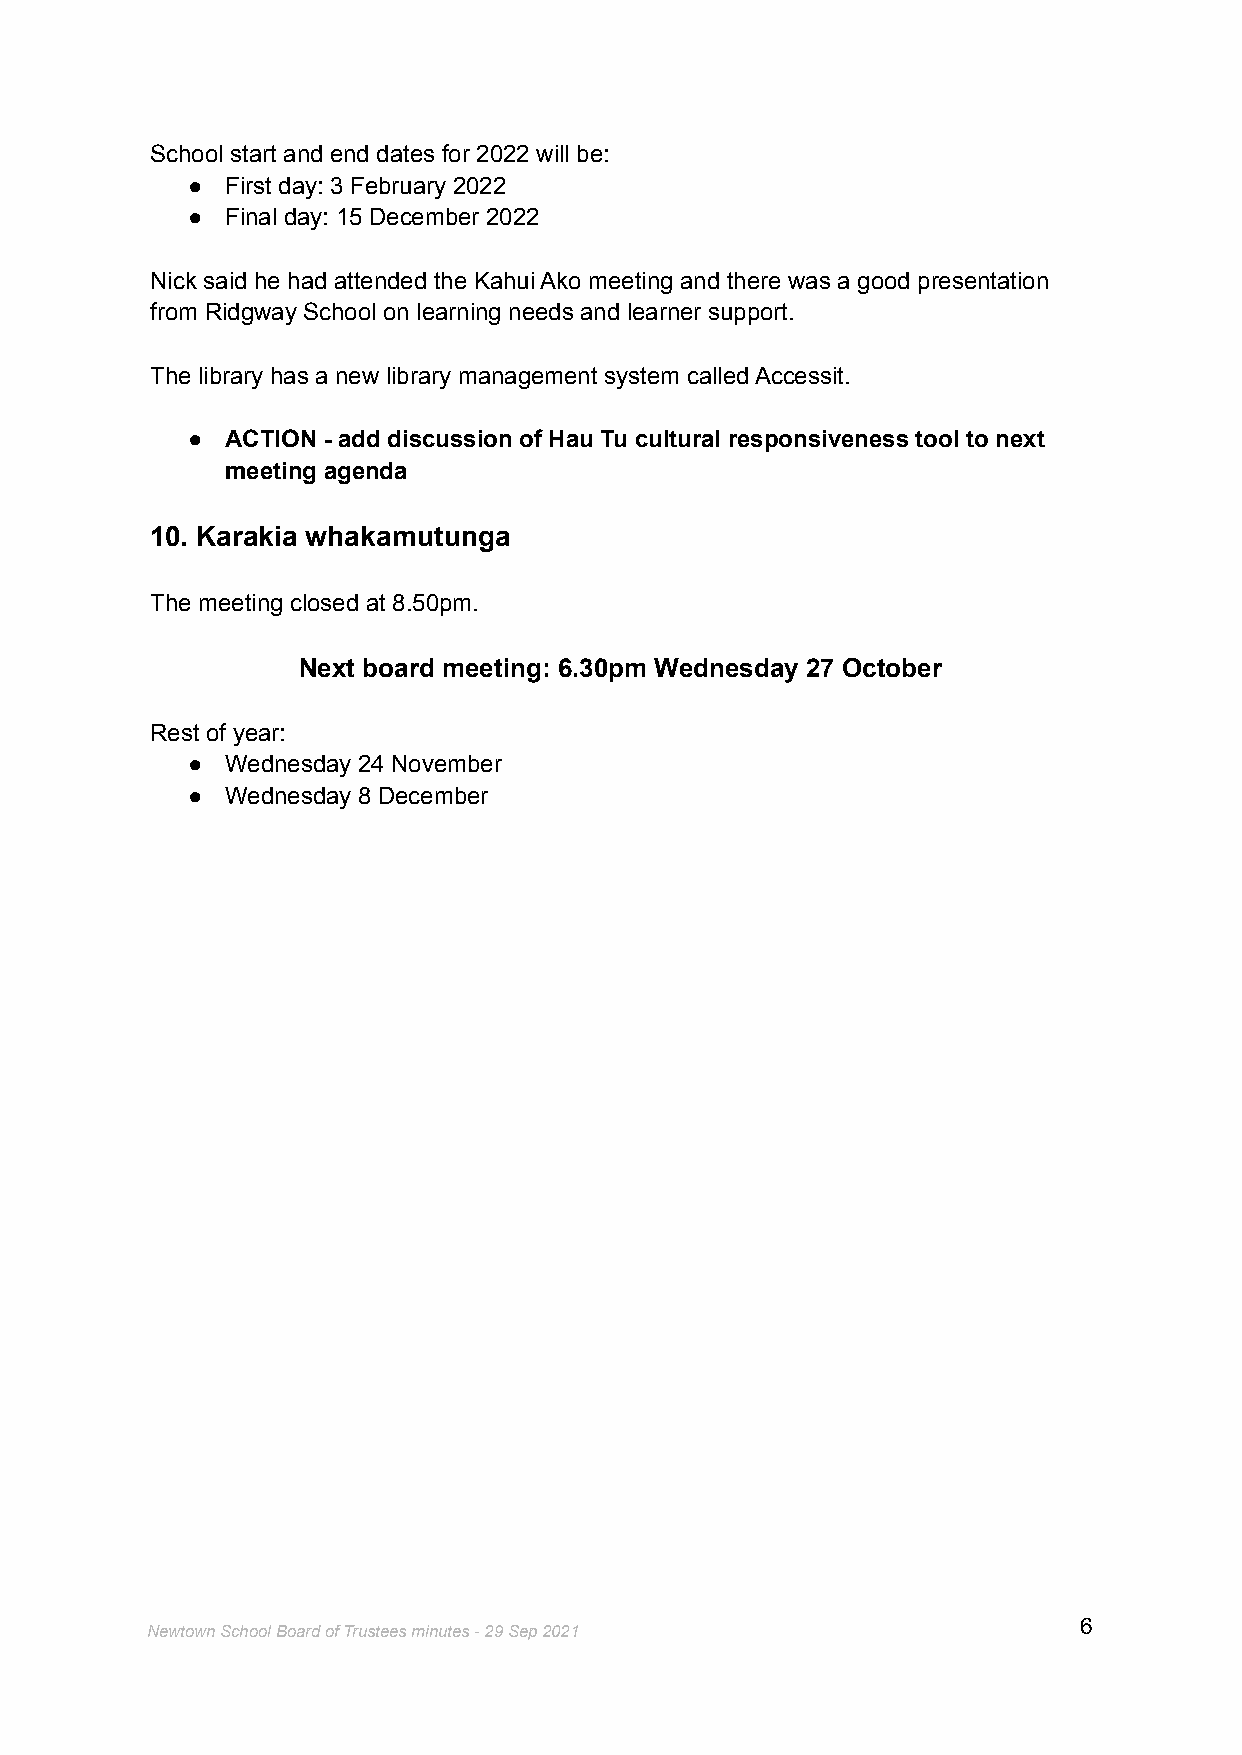
School start and end dates for 2022 will be:
 ●  First day: 3 February 2022
 ●  Final day: 15 December 2022
 Nick said he had attended the Kahui Ako meeting and there was a good presentation
 from Ridgway School on learning needs and learner support.
 The library has a new library management system called Accessit.
 ●  ACTION - add discussion of Hau Tu cultural responsiveness tool to next
 meeting agenda
 10. Karakia whakamutunga
 The meeting closed at 8.50pm.
 Next board meeting: 6.30pm Wednesday 27 October
 Rest of year:
 ●  Wednesday 24 November
 ●  Wednesday 8 December
 6
 Newtown School Board of Trustees minutes - 29 Sep 2021